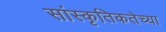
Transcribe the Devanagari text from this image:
सांस्कृतिकतेच्या